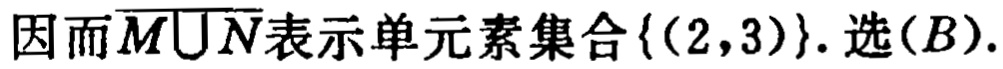
因而\(\overline{M\cup N}\)表示单元素集合\(\{(2,3)\}\). 选\((B)\).